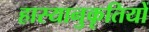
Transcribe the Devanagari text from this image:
हास्यानुकृतियों